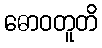
ဓောဝတူတိ